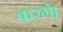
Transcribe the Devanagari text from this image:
करगे।